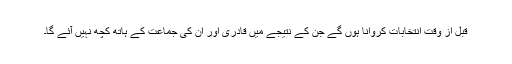
قبل از وقت انتخابات کروانا ہوں گے جن کے نتیجے میں قادری اور ان کی جماعت کے ہاتھ کچھ نہیں آئے گا۔